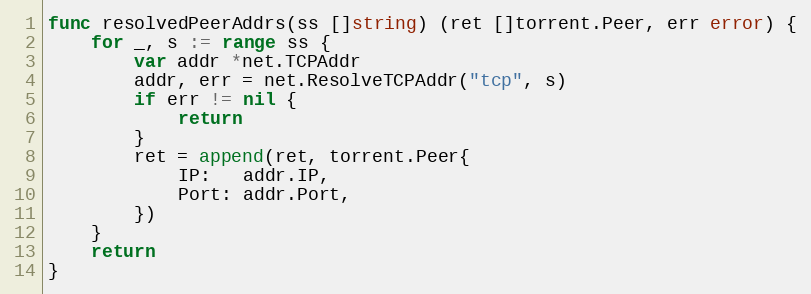
Language: Go
func resolvedPeerAddrs(ss []string) (ret []torrent.Peer, err error) {
	for _, s := range ss {
		var addr *net.TCPAddr
		addr, err = net.ResolveTCPAddr("tcp", s)
		if err != nil {
			return
		}
		ret = append(ret, torrent.Peer{
			IP:   addr.IP,
			Port: addr.Port,
		})
	}
	return
}